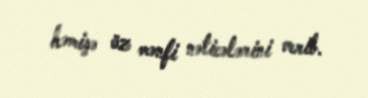
həmişə öz mənfi nəticələrini verib.